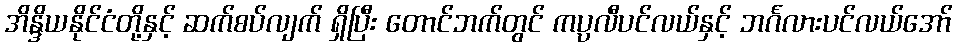
အိန္ဒိယနိုင်ငံတို့နှင့် ဆက်စပ်လျက် ရှိပြီး တောင်ဘက်တွင် ကပ္ပလီပင်လယ်နှင့် ဘင်္ဂလားပင်လယ်အော်